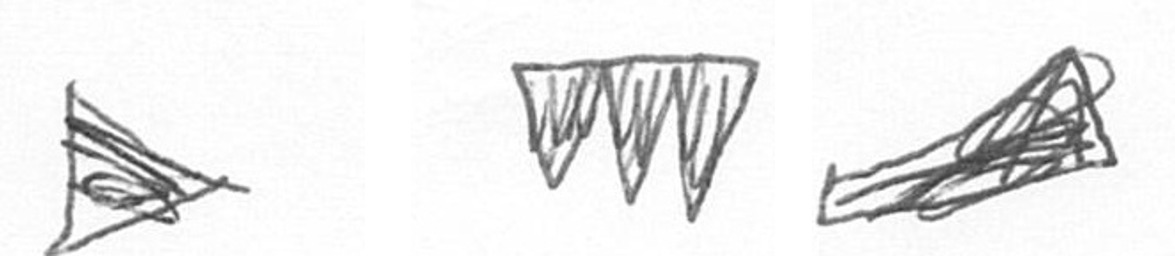
T L O